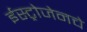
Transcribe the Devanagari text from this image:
ईस्ट्रोजेनचे